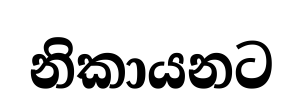
නිකායනට